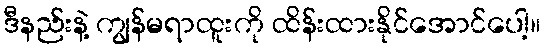
ဒီနည်းနဲ့ ကျွန်မရာထူးကို ထိန်းထားနိုင်အောင်ပေါ့။